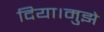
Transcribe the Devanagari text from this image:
दिया।मुझे